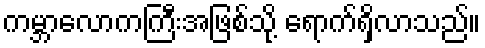
ကမ္ဘာလောကကြီးအဖြစ်သို့ ရောက်ရှိလာသည်။